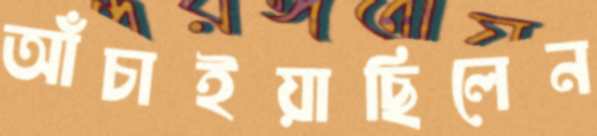
আঁচাইয়াছিলেন